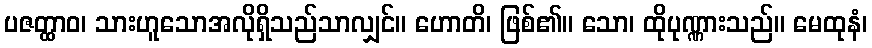
ပဇတ္ထာဝ၊ သားဟူသောအလိုရှိသည်သာလျှင်။ ဟောတိ၊ ဖြစ်၏။ သော၊ ထိုပုဏ္ဏားသည်။ မေထုနံ၊